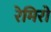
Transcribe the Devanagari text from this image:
रेमिरो